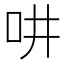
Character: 𠯤